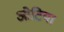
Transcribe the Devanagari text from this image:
ओटिया